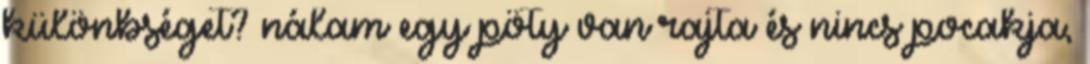
különbséget? nálam egy pöty van rajta és nincs pocakja,